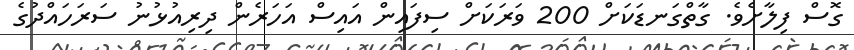
ގޮސް ފިލާށެވެ. ގާތްގަނޑަކަށް 200 ވަރަކަށް ސިފައިން އައިސް އަހަރެން ދިރިއުޅުނު ސަރަހައްދުގެ